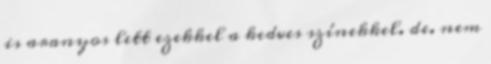
is aranyos lett ezekkel a kedves színekkel. de. nem